Insane asylums in Bengal annual reports 1867-1875 - 1867-1875
Year: 1867
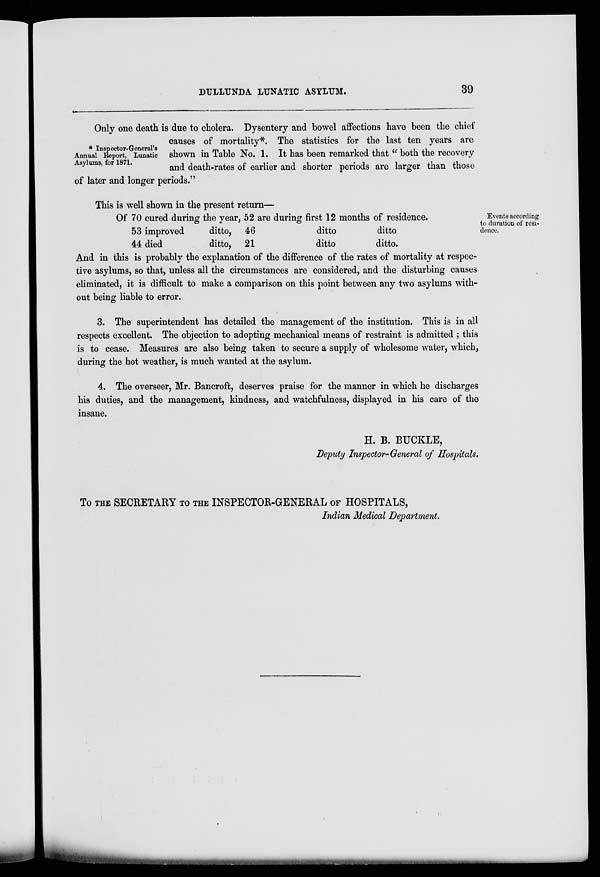
DULLUNDA LUNATIC ASYLUM.
39
* Inspector-General's
Annual Report, Lunatic
Asylums, for 1871.
Only one death is due to cholera. Dysentery and bowel affections have been the chief
causes of mortality*. The statistics for the last ten years are
shown in Table No. 1. It has been remarked that " both the recovery
and death-rates of earlier and shorter periods are larger than those
of later and longer periods."
Events according
to duration of resi-
dence.
This is well shown in the present return—
Of 70 cured during
53 improved
44 died
the year,
ditto,
ditto,
52 are
46
21
during first 12 months of residence.
ditto
ditto
ditto
ditto.
And in this is probably the explanation of the difference of the rates of mortality at respec-
tive asylums, so that, unless all the circumstances are considered, and the disturbing causes
eliminated, it is difficult to make a comparison on this point between any two asylums with-
out being liable to error.
3. The superintendent has detailed the management of the institution. This is in all
respects excellent. The objection to adopting mechanical means of restraint is admitted ; this
is to cease. Measures are also being taken to secure a supply of wholesome water, which,
during the hot weather, is much wanted at the asylum.
4. The overseer, Mr. Bancroft, deserves praise for the manner in which he discharges
his duties, and the management, kindness, and watchfulness, displayed in his care of the
insane.
H. B. BUCKLE,
Deputy Inspector- General of Hospitals.
To THE SECRETARY TO THE INSPECTOR-GENERAL OF HOSPITALS,
Indian Medical Department.